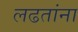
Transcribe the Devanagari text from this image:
लढतांना